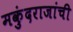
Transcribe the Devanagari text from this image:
मकुंदराजांची